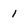
Character: 1